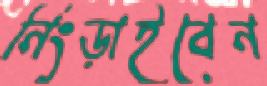
নিংড়াইবেন